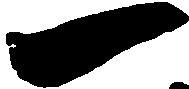
一